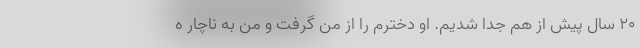
۲۰ سال پیش از هم جدا شدیم. او دخترم را از من گرفت و من به ناچار ه